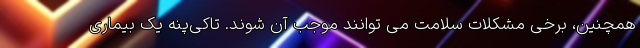
همچنین، برخی مشکلات سلامت می توانند موجب آن شوند. تاکی‌پنه یک بیماری